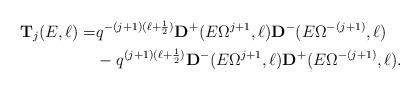
LaTeX: \begin{align*}{\mathbf T}_j(E,\ell)=&q^{-(j+1)(\ell+\frac{1}{2})} \mathbf{ D}^{+}(E \Omega^{j+1},\ell) \mathbf{ D}^{-}(E \Omega^{-(j+1)},\ell) \\&-q^{(j+1)(\ell+\frac{1}{2})} \mathbf{ D}^{-}(E \Omega^{j+1},\ell) \mathbf{ D}^{+}(E \Omega^{-(j+1)},\ell) .\end{align*}